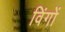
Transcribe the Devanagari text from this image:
विंगों